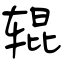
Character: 辊